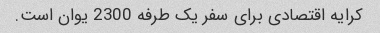
کرایه اقتصادی برای سفر یک طرفه 2300 یوان است.